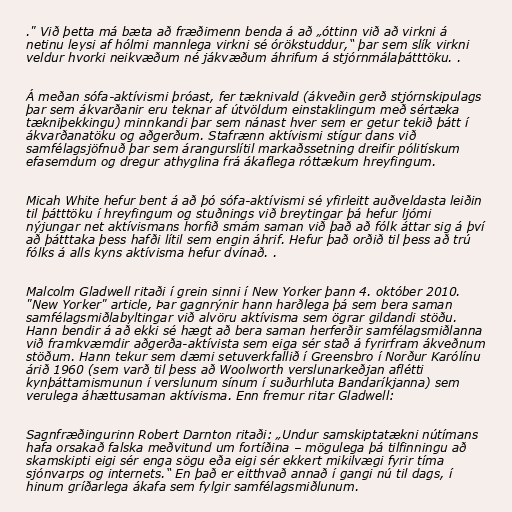
." Við þetta má bæta að fræðimenn benda á að „óttinn við að virkni á
netinu leysi af hólmi mannlega virkni sé órökstuddur,“ þar sem slík virkni
veldur hvorki neikvæðum né jákvæðum áhrifum á stjórnmálaþátttöku. .

Á meðan sófa-aktívismi þróast, fer tæknivald (ákveðin gerð stjórnskipulags
þar sem ákvarðanir eru teknar af útvöldum einstaklingum með sértæka
tækniþekkingu) minnkandi þar sem nánast hver sem er getur tekið þátt í
ákvarðanatöku og aðgerðum. Stafrænn aktívismi stígur dans við
samfélagsjöfnuð þar sem árangurslítil markaðssetning dreifir pólitískum
efasemdum og dregur athyglina frá ákaflega róttækum hreyfingum.

Micah White hefur bent á að þó sófa-aktívismi sé yfirleitt auðveldasta leiðin
til þátttöku í hreyfingum og stuðnings við breytingar þá hefur ljómi
nýjungar net aktívismans horfið smám saman við það að fólk áttar sig á því
að þátttaka þess hafði lítil sem engin áhrif. Hefur það orðið til þess að trú
fólks á alls kyns aktívisma hefur dvínað. .

Malcolm Gladwell ritaði í grein sinni í New Yorker þann 4. október 2010.
"New Yorker" article, Þar gagnrýnir hann harðlega þá sem bera saman
samfélagsmiðlabyltingar við alvöru aktívisma sem ögrar gildandi stöðu.
Hann bendir á að ekki sé hægt að bera saman herferðir samfélagsmiðlanna
við framkvæmdir aðgerða-aktívista sem eiga sér stað á fyrirfram ákveðnum
stöðum. Hann tekur sem dæmi setuverkfallið í Greensbro í Norður Karólínu
árið 1960 (sem varð til þess að Woolworth verslunarkeðjan aflétti
kynþáttamismunun í verslunum sínum í suðurhluta Bandaríkjanna) sem
verulega áhættusaman aktívisma. Enn fremur ritar Gladwell:

Sagnfræðingurinn Robert Darnton ritaði: „Undur samskiptatækni nútímans
hafa orsakað falska meðvitund um fortíðina – mögulega þá tilfinningu að
skamskipti eigi sér enga sögu eða eigi sér ekkert mikilvægi fyrir tíma
sjónvarps og internets.“ En það er eitthvað annað í gangi nú til dags, í
hinum gríðarlega ákafa sem fylgir samfélagsmiðlunum.